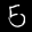
Label: 5